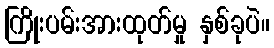
ကြိုးပမ်းအားထုတ်မှု နှစ်ခုပဲ။